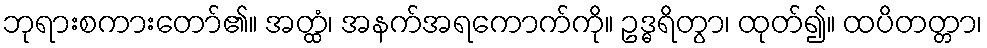
ဘုရားစကားတော်၏။ အတ္ထံ၊ အနက်အရကောက်ကို။ ဥဒ္ဓရိတွာ၊ ထုတ်၍။ ထပိတတ္တာ၊